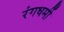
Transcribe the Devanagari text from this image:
रंगधर्मी